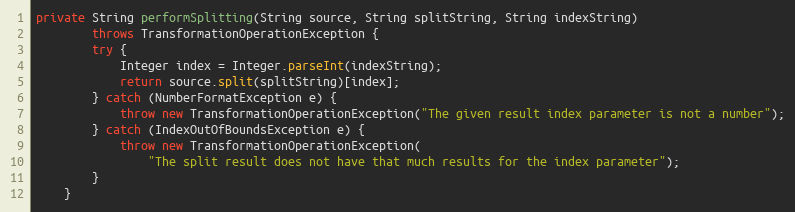
Language: Java
private String performSplitting(String source, String splitString, String indexString)
        throws TransformationOperationException {
        try {
            Integer index = Integer.parseInt(indexString);
            return source.split(splitString)[index];
        } catch (NumberFormatException e) {
            throw new TransformationOperationException("The given result index parameter is not a number");
        } catch (IndexOutOfBoundsException e) {
            throw new TransformationOperationException(
                "The split result does not have that much results for the index parameter");
        }
    }